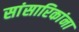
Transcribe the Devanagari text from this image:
सांसारिकांना